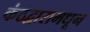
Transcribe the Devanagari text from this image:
कंठद्वारामधून